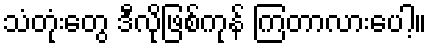
သံတုံးတွေ ဒီလိုဖြစ်ကုန် ကြတာလားပေါ့။